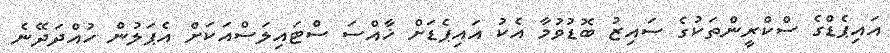
އައިޕެޑްގެ ސްކްރީންތަކުގެ ސައިޒު ބޮޑުވުމާ އެކު އައިޕެޑަށް ޚާއްސަ ސްޓައިލަސްއަކަށް އެޕަލުން ހުއްދަދޭނެ